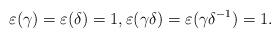
LaTeX: \begin{align*}\varepsilon (\gamma )=\varepsilon (\delta )=1,\varepsilon (\gamma\delta )=\varepsilon (\gamma\delta^{-1} )=1.\end{align*}